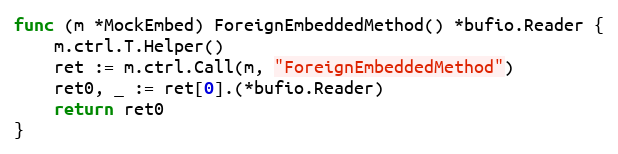
Language: Go
func (m *MockEmbed) ForeignEmbeddedMethod() *bufio.Reader {
	m.ctrl.T.Helper()
	ret := m.ctrl.Call(m, "ForeignEmbeddedMethod")
	ret0, _ := ret[0].(*bufio.Reader)
	return ret0
}